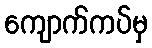
ကျောက်ကပ်မှ